Regulations for the medical services of the Army of India
Year: 1930
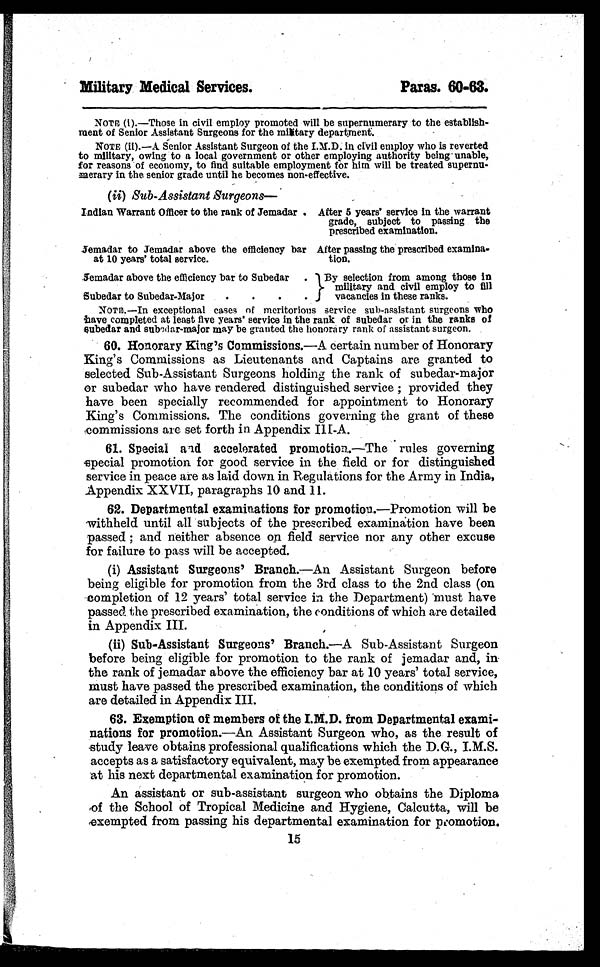
Military Medical Services.
Paras. 60-63.
NOTE (i).—Those in civil employ promoted will be supernumerary to the establish-
ment of Senior Assistant Surgeons for the military department.
NOTE (ii).—A Senior Assistant Surgeon of the in I.M.D. in civil employ who is reverted
to military, owing to a local government or other employing authority being unable,
for reasons of economy, to find suitable employment for him will be treated supernu
- m e r a r y i n t h e s e n i o r g r a d e u n t i l h e b e c o m e s n o n - e f f e c t i v e .
(ii) Sub-Assistant Surgeons—
Indian Warrant Officer to the rank of Jemadar . After 5 years' service in the warrant
grade, subject to passing the
prescribed examination.
Jemadar to Jemadar above the efficiency bar
at 10 years' total service.
After passing the prescribed examina-
tion.
Jemadar above the efficiency bar to Subedar. By selection from among those in
military and civil employ to fill
Subedar to Subedar-Major
.
vacancies in these ranks.
NOTE.—In exceptional cases of meritorious service sub-assistant surgeons who
have completed at least five years' service in the rank of subedar or in the ranks of
subedar and subedar-major may be granted the honorary rank of assistant surgeon.
60. Honorary King's Commissions.— A certain number of Honorary
King's Commissions as Lieutenants and Captains are granted to
selected Sub-Assistant Surgeons holding the rank of subedar-major
or subedar who have rendered distinguished service; provided they
have been specially recommended for appointment to Honorary
King's Commissions. The conditions governing the grant of these
commissions are set forth in Appendix III-A.
61. Special and accelerated promotion.— The rules governing
special promotion for good service in the field or for distinguished
service in peace are as laid down in Regulations for the Army in India,
Appendix XXVII, paragraphs 10 and 11.
62. Departmental examinations for promotion.— Promotion will be
withheld until all subjects of the prescribed examination have been
passed; and neither absence on field service nor any other excuse
for failure to pass will be accepted.
(i) Assistant Surgeons' Branch.—An Assistant Surgeon before
being eligible for promotion from the 3rd class to the 2nd class (on
completion of 12 years' total service in the Department) must have
passed the prescribed examination, the conditions of which are detailed
in Appendix III.
(ii) Sub-Assistant Surgeons' Branch.— A Sub-Assistant Surgeon
before being eligible for promotion to the rank of jemadar and, in
the rank of jemadar above the efficiency bar at 10 years' total service,
must have passed the prescribed examination, the conditions of which
are detailed in Appendix III.
63. Exemption of members of the I.M.D. from Departmental exami-
nations for promotion.—An Assistant Surgeon who, as the result of
study leave obtains professional qualifications which the D.G., I.M.S.
accepts as a satisfactory equivalent, may be exempted from appearance
at his next departmental examination for promotion.
An assistant or sub-assistant surgeon who obtains the Diploma
of the School of Tropical Medicine and Hygiene, Calcutta, will be
exempted from passing his departmental examination for promotion.
15